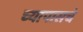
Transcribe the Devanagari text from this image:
च्यापासचे